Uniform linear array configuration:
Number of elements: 32
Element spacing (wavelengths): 1
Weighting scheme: uniform
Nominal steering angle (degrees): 45
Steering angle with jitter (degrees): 45.487
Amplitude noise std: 0.05
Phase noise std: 0.05

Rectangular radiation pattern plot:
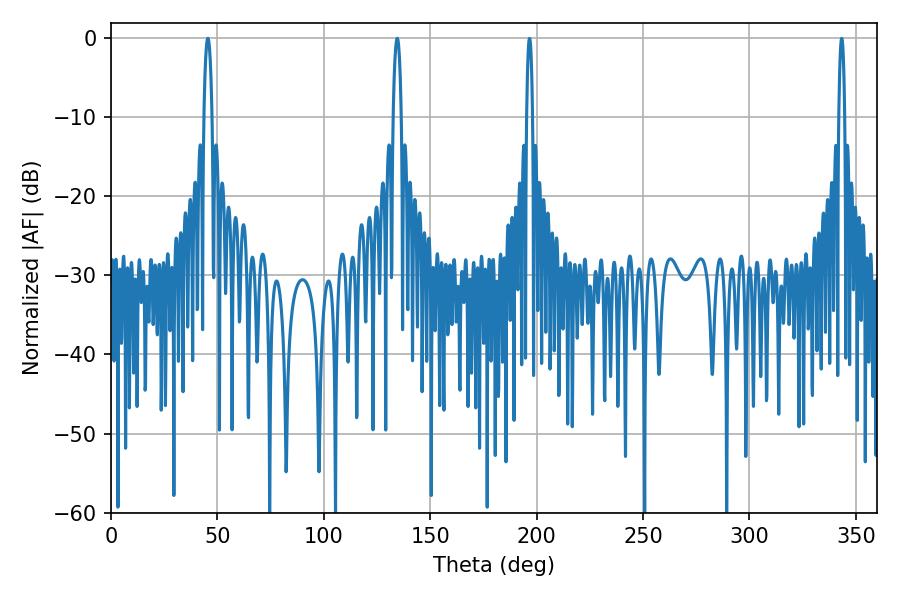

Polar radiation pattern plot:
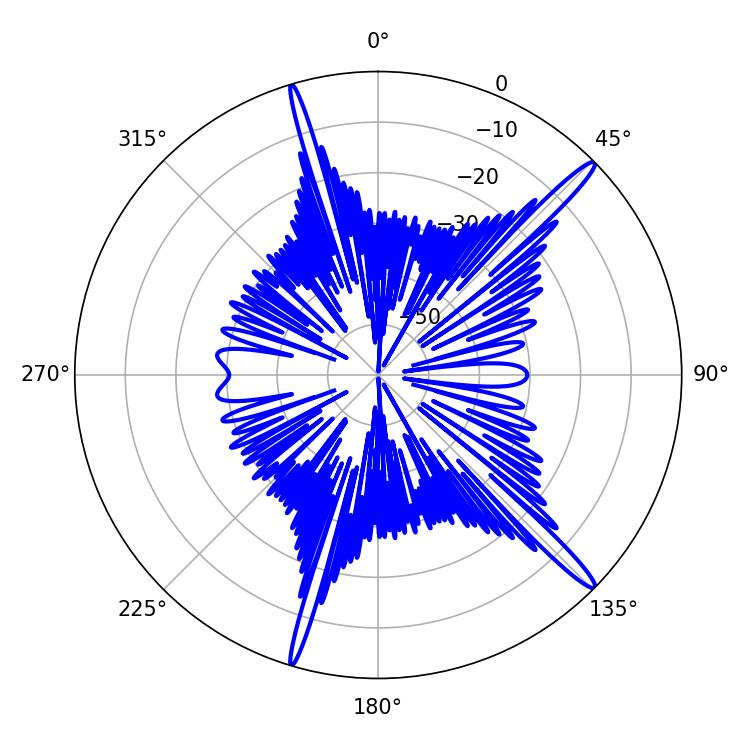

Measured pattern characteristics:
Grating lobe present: TRUE
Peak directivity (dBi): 16.579
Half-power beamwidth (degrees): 2.16
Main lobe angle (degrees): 45.54